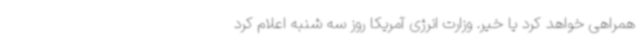
همراهی خواهد کرد یا خیر. وزارت انرژی آمریکا روز سه شنبه اعلام کرد